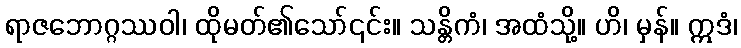
ရာဇဘောဂ္ဂဿဝါ၊ ထိုမတ်၏သော်၎င်း။ သန္တိကံ၊ အထံသို့။ ဟိ၊ မှန်။ ဣဒံ၊